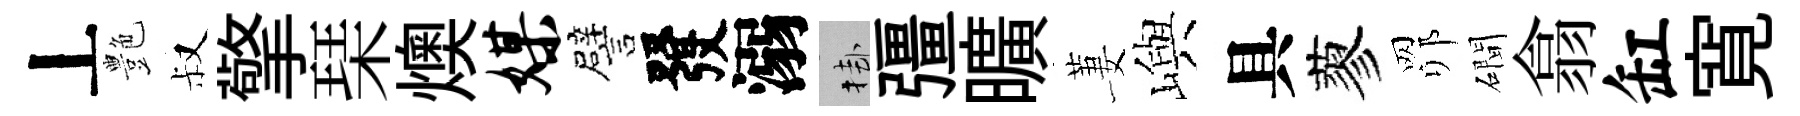
丄艶叔擎琹燠媒譬發溺挂彊曠萋嶼具蓼𦊑磵翕缸寛